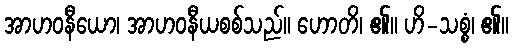
အာဟဝနီယော၊ အာဟဝနီယစစ်သည်။ ဟောတိ၊ ၏။ ဟိ-သစ္စံ၊ ၏။